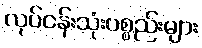
လုပ်ငန်းသုံးပစ္စည်းများ